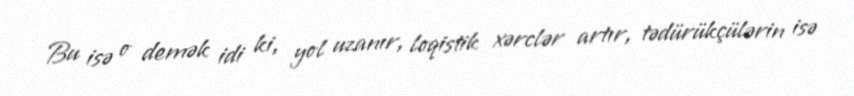
Bu isə o demək idi ki, yol uzanır, loqistik xərclər artır, tədürükçülərin isə